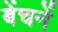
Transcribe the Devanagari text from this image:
बेंचनें